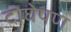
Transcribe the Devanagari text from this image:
दोघेपण